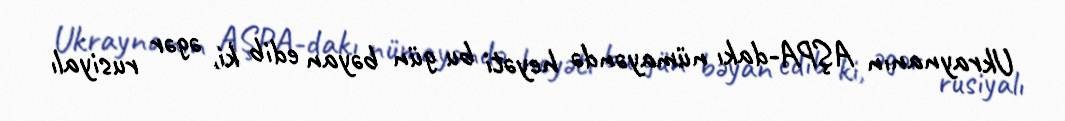
Ukraynanın AŞPA-dakı nümayəndə heyəti bu gün bəyan edib ki, əgər rusiyalı